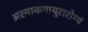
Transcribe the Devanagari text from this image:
अस्माकमायुरारोग्यं